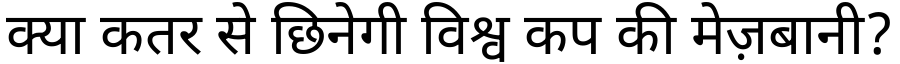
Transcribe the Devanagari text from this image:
क्या कतर से छिनेगी विश्व कप की मेज़बानी?